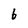
Character: 6